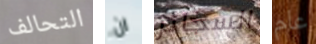
التحالف ان السجائر عام